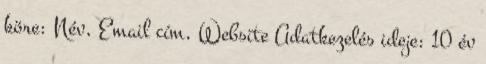
köre: Név, Email cím, Website Adatkezelés ideje: 10 év